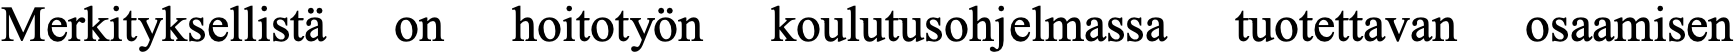
Merkityksellistä on hoitotyön koulutusohjelmassa tuotettavan osaamisen